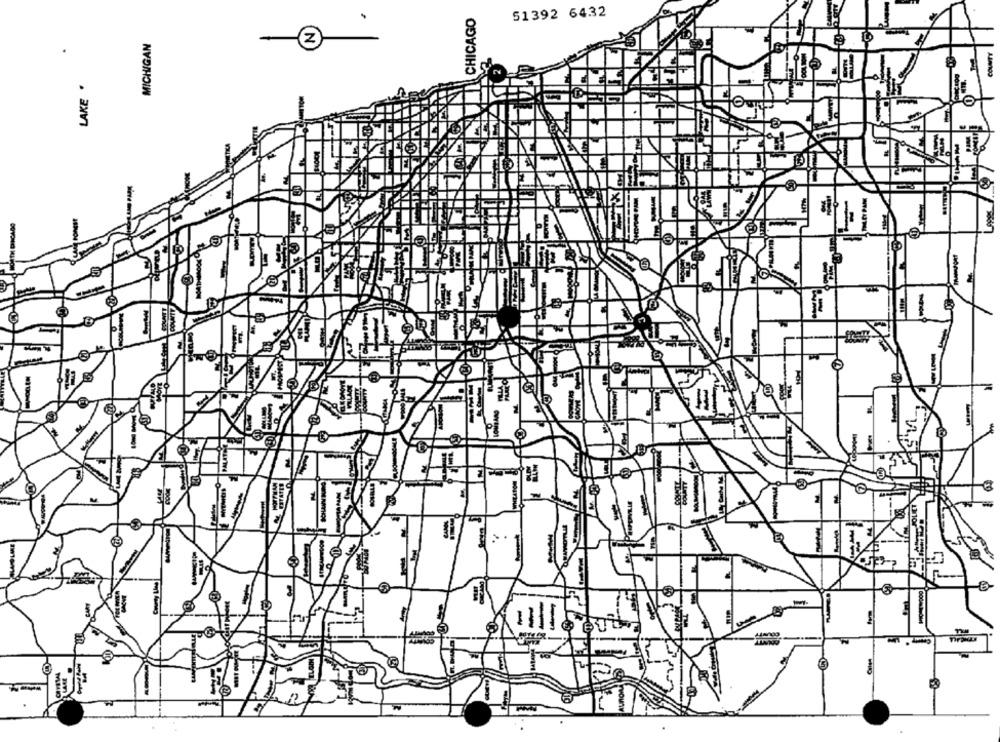
CHICAGO
51392 6432
MICHIGAN
Z
LAKE .
PALATO
JOLIET